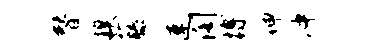
替糗藤速阁搏伸冲